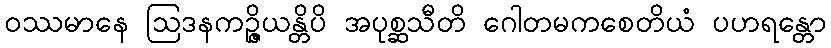
ဝဿမာနေ ဩဒနကဉ္ဇိယန္တိပိ အပုစ္ဆသီတိ ဂေါတမကစေတိယံ ပဟရန္တော